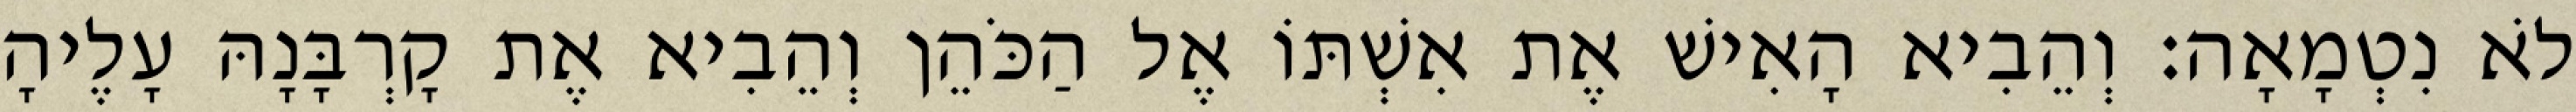
לֹא נִטְמָאָה׃ וְהֵבִיא הָאִישׁ אֶת אִשְׁתּוֹ אֶל הַכֹּהֵן וְהֵבִיא אֶת קָרְבָּנָהּ עָלֶיהָ